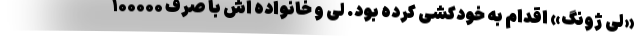
«لی ژونگ» اقدام به خودکشی کرده بود. لی و خانواده اش با صرف ۱۰۰۰۰۰